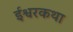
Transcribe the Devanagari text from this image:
ईश्वरकथा